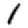
Digit: 1